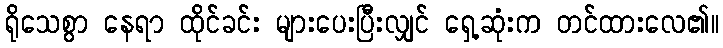
ရိုသေစွာ နေရာ ထိုင်ခင်း များပေးပြီးလျှင် ရှေ့ဆုံးက တင်ထားလေ၏။